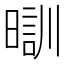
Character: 𣉤